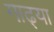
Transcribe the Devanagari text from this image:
गाढ्या